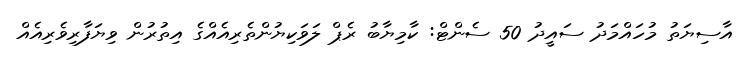
އާސިޔަތު މުހައްމަދު ސައީދު 50 ސެންޓް: ކާމިޔާބު ރެޕް ލަވަކިޔުންތެރިއެއްގެ އިތުރުން ވިޔަފާރިވެރިއެއް